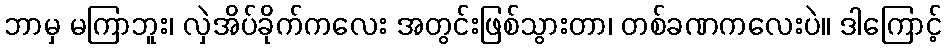
ဘာမှ မကြာဘူး၊ လှဲအိပ်ခိုက်ကလေး အတွင်းဖြစ်သွားတာ၊ တစ်ခဏကလေးပဲ။ ဒါကြောင့်